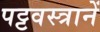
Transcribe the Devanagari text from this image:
पट्टवस्त्रानें